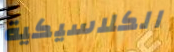
الكلاسيكية